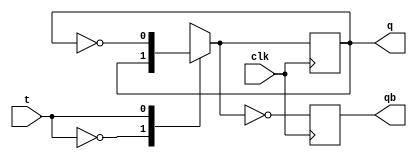
module t_ff_beh(q,qb,t,clk);
input t,clk;
output q,qb;
reg q=0,qb;
always @(posedge clk)
begin
    case(t)
       1'b0: q=q;
       1'b1: q=~q;
    endcase
qb=~q;
end
endmodule